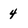
Character: 4